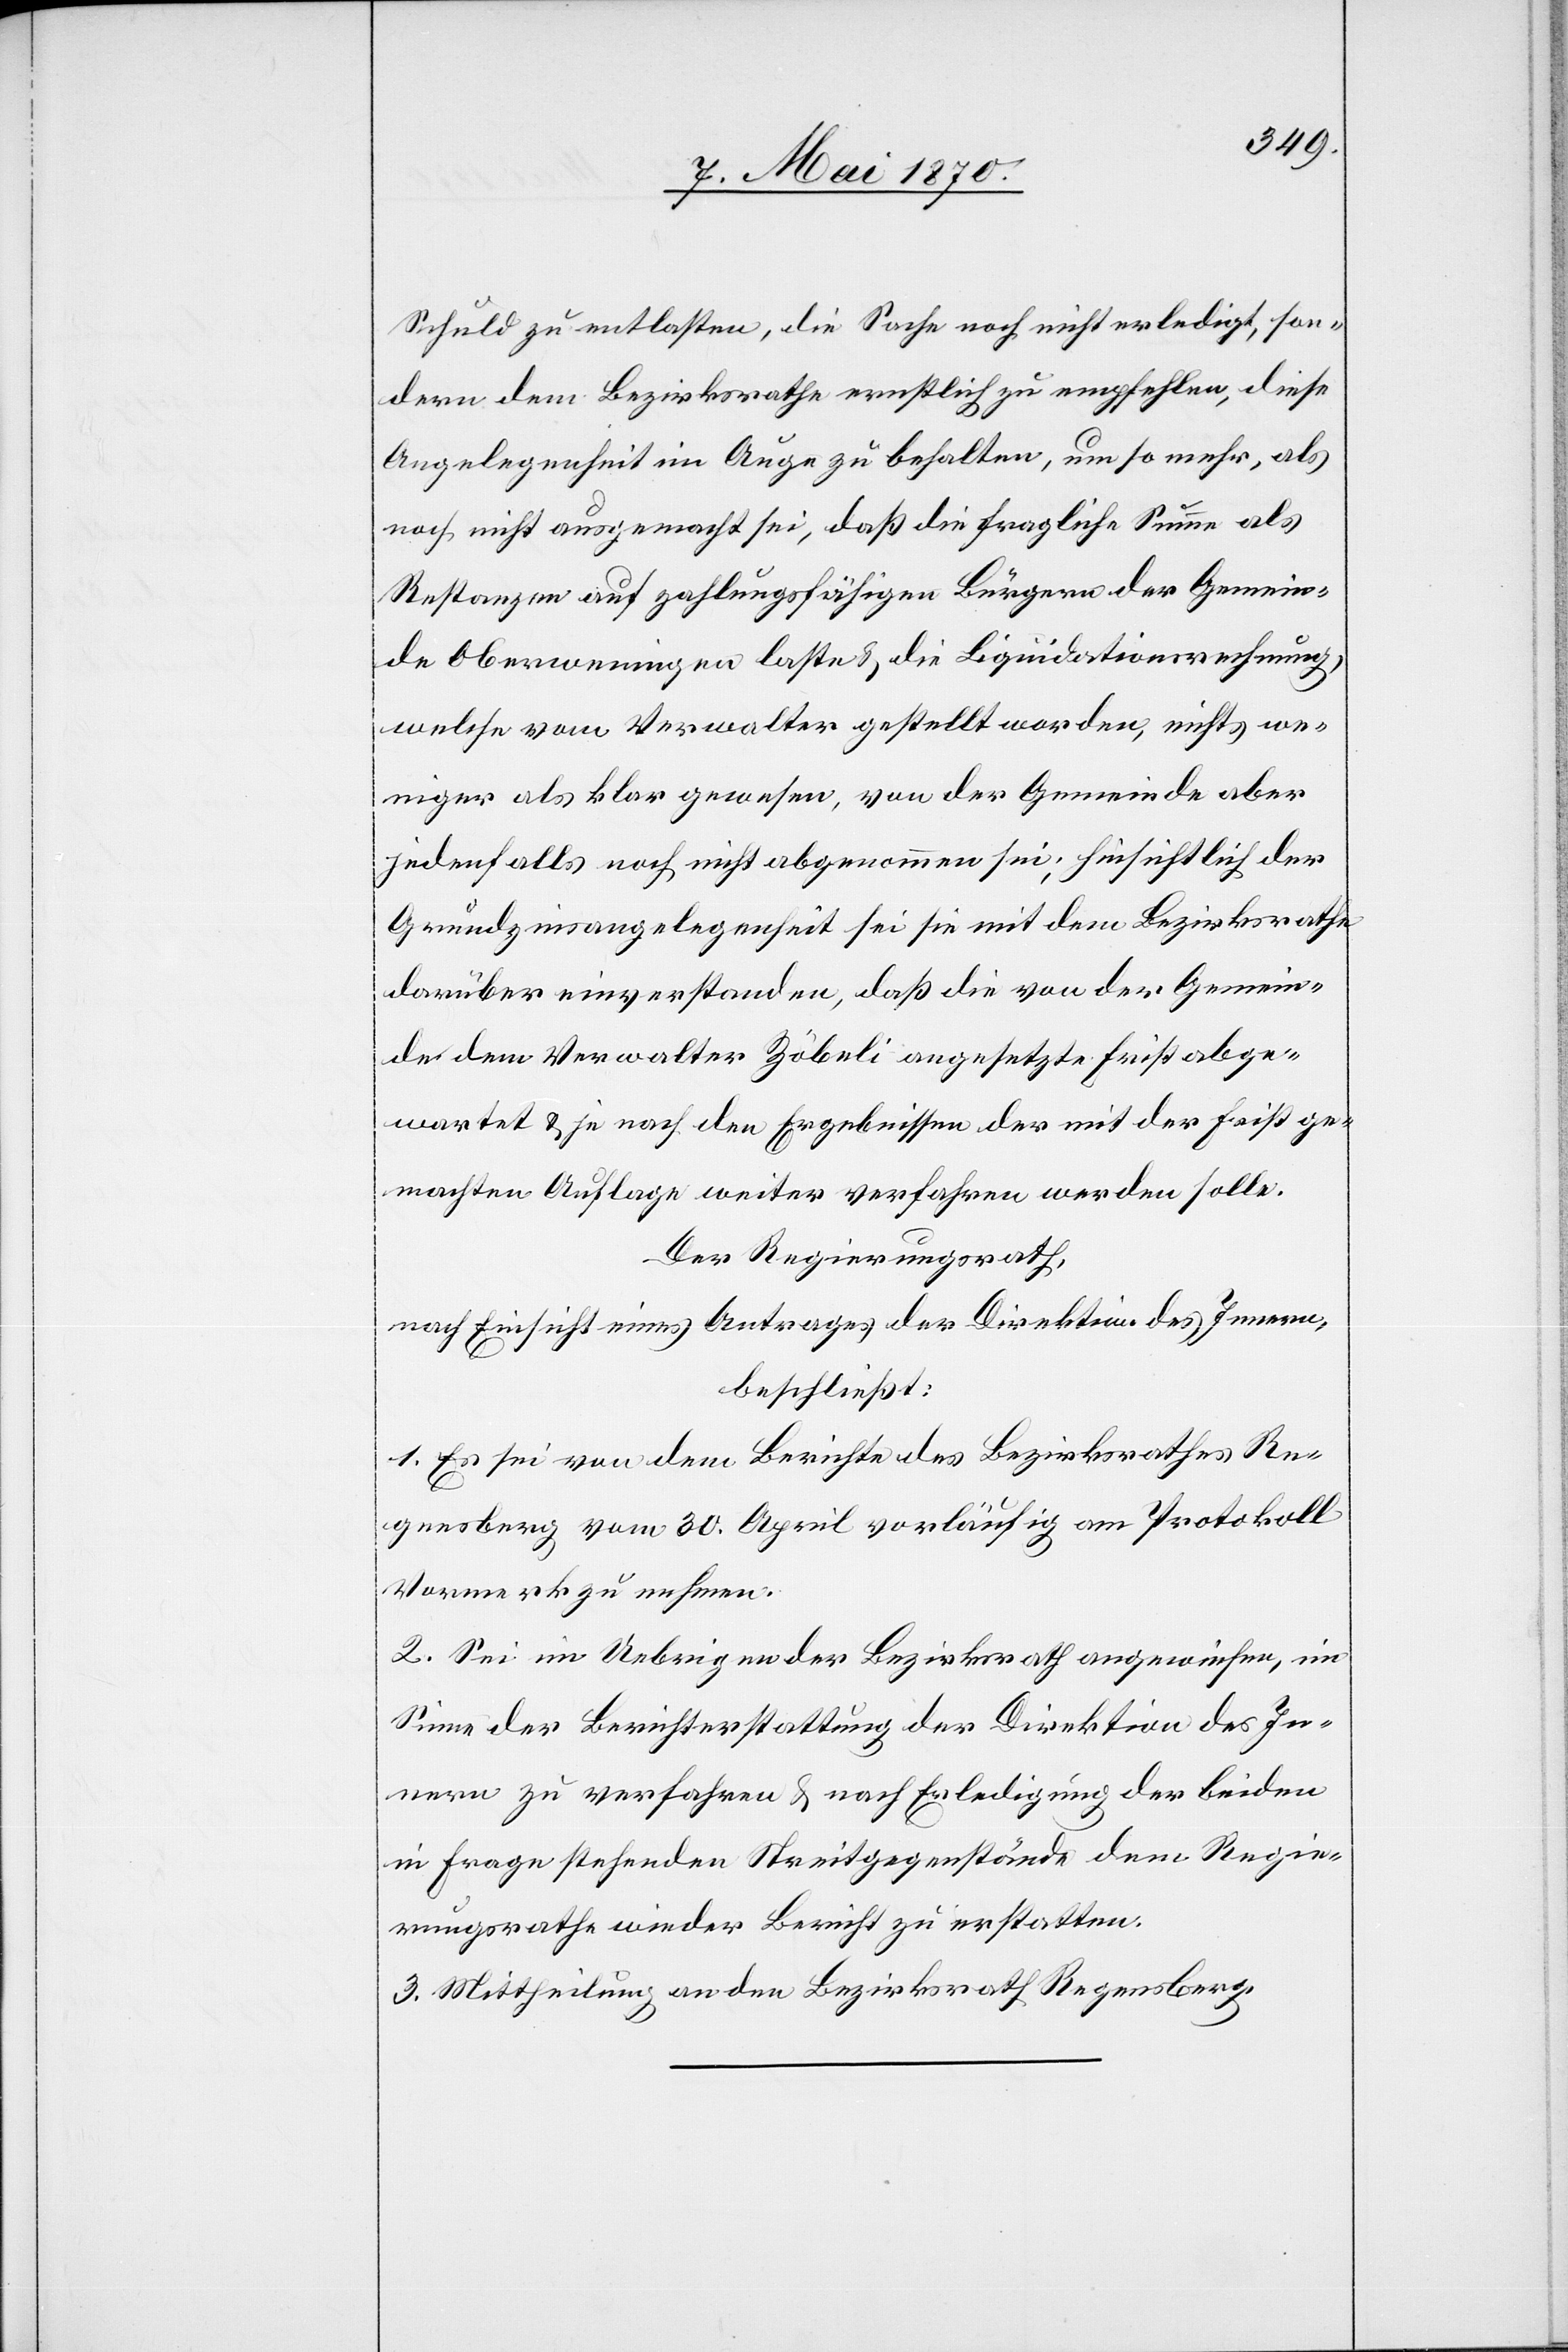
Schuld zu entlasten, die Sache noch nicht erledigt, son¬
dern dem Bezirksrathe ernstlich zu empfehlen, diese
Angelegenheit im Auge zu behalten, um so mehr, als
noch nicht ausgemacht sei, daß die fragliche Summe als
Restanzen auf zahlungsfähigen Bürgern der Gemein¬
de Oberweningen laste & die Liquidationsrechnung,
welche vom Verwalter gestellt worden, nichts we¬
niger als klar gewesen, von der Gemeinde aber
jedenfalls noch nicht abgenommen sei; hinsichtlich der
Grundzinsangelegenheit sei sie mit dem Bezirksrath
darüber einverstanden, daß die von der Gemein¬
de dem Verwalter Zöbeli angesetzte Frist abge¬
wartet & je nach den Ergebnissen der mit der Frist ge¬
machten Auflage weiter verfahren werden solle.
Der Regierungsrath,
nach Einsicht eines Antrages der Direktion des Innern,
beschließt:
1. Es sei von dem Berichte des Bezirksrathes Re¬
gensberg vom 30. April vorläufig am Protokoll
2. Sei im Uebrigen der Bezirksrath angewiesen, im
Sinne der Berichterstattung der Direktion des In¬
nern zu verfahren & nach Erledigung der beiden
in Frage stehenden Streitgegenstände dem Regie¬
rungsrathe wieder Bericht zu erstatten.
3. Mittheilung an den Bezirksrath Regensberg.